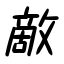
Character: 敵